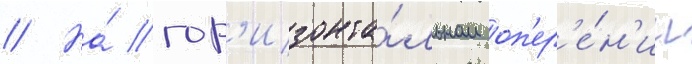
// На́ гор'изонта́льном оп'ер'е́н'ии